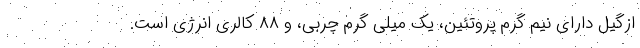
ازگیل دارای نیم گرم پروتئین، یک میلی گرم چربی، و ۸۸ کالری انرژی است.